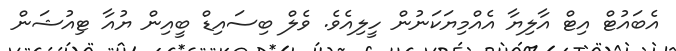
އެބައުޓް އިޓް އާލިޔާ އެއްމިޔަކަނުން ހީލިއެވެ. ވެލް ބިސައިޑް ބީއިން ޔުއާ ޓިއުޝަން